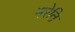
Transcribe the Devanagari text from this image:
मरेति